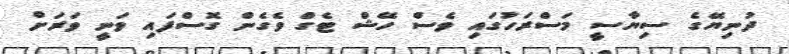
ދުނިޔޭގެ ސިޔާސީ މަސްރަހުގައި ވެސް ހޭޝް ޓެގް ވެގެން ގޮސްފައި ވަނީ ވަރަށް